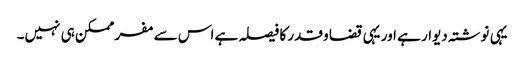
یہی نوشتہ دیوار ہے اور یہی قضا و قدر کا فیصلہ ہے اس سے مفر ممکن ہی نہیں۔